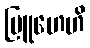
ဗြူဟေဟိ